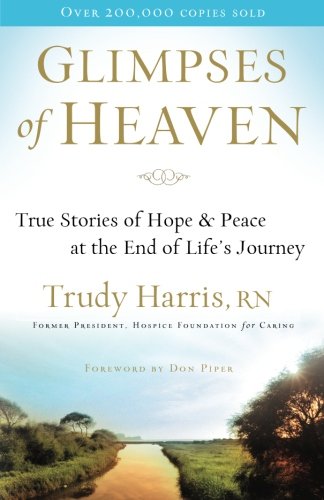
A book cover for Glimpses of Heaven: True Stories of Hope and Peace at the End of Life's Journey; Trudy Harris; Self-Help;